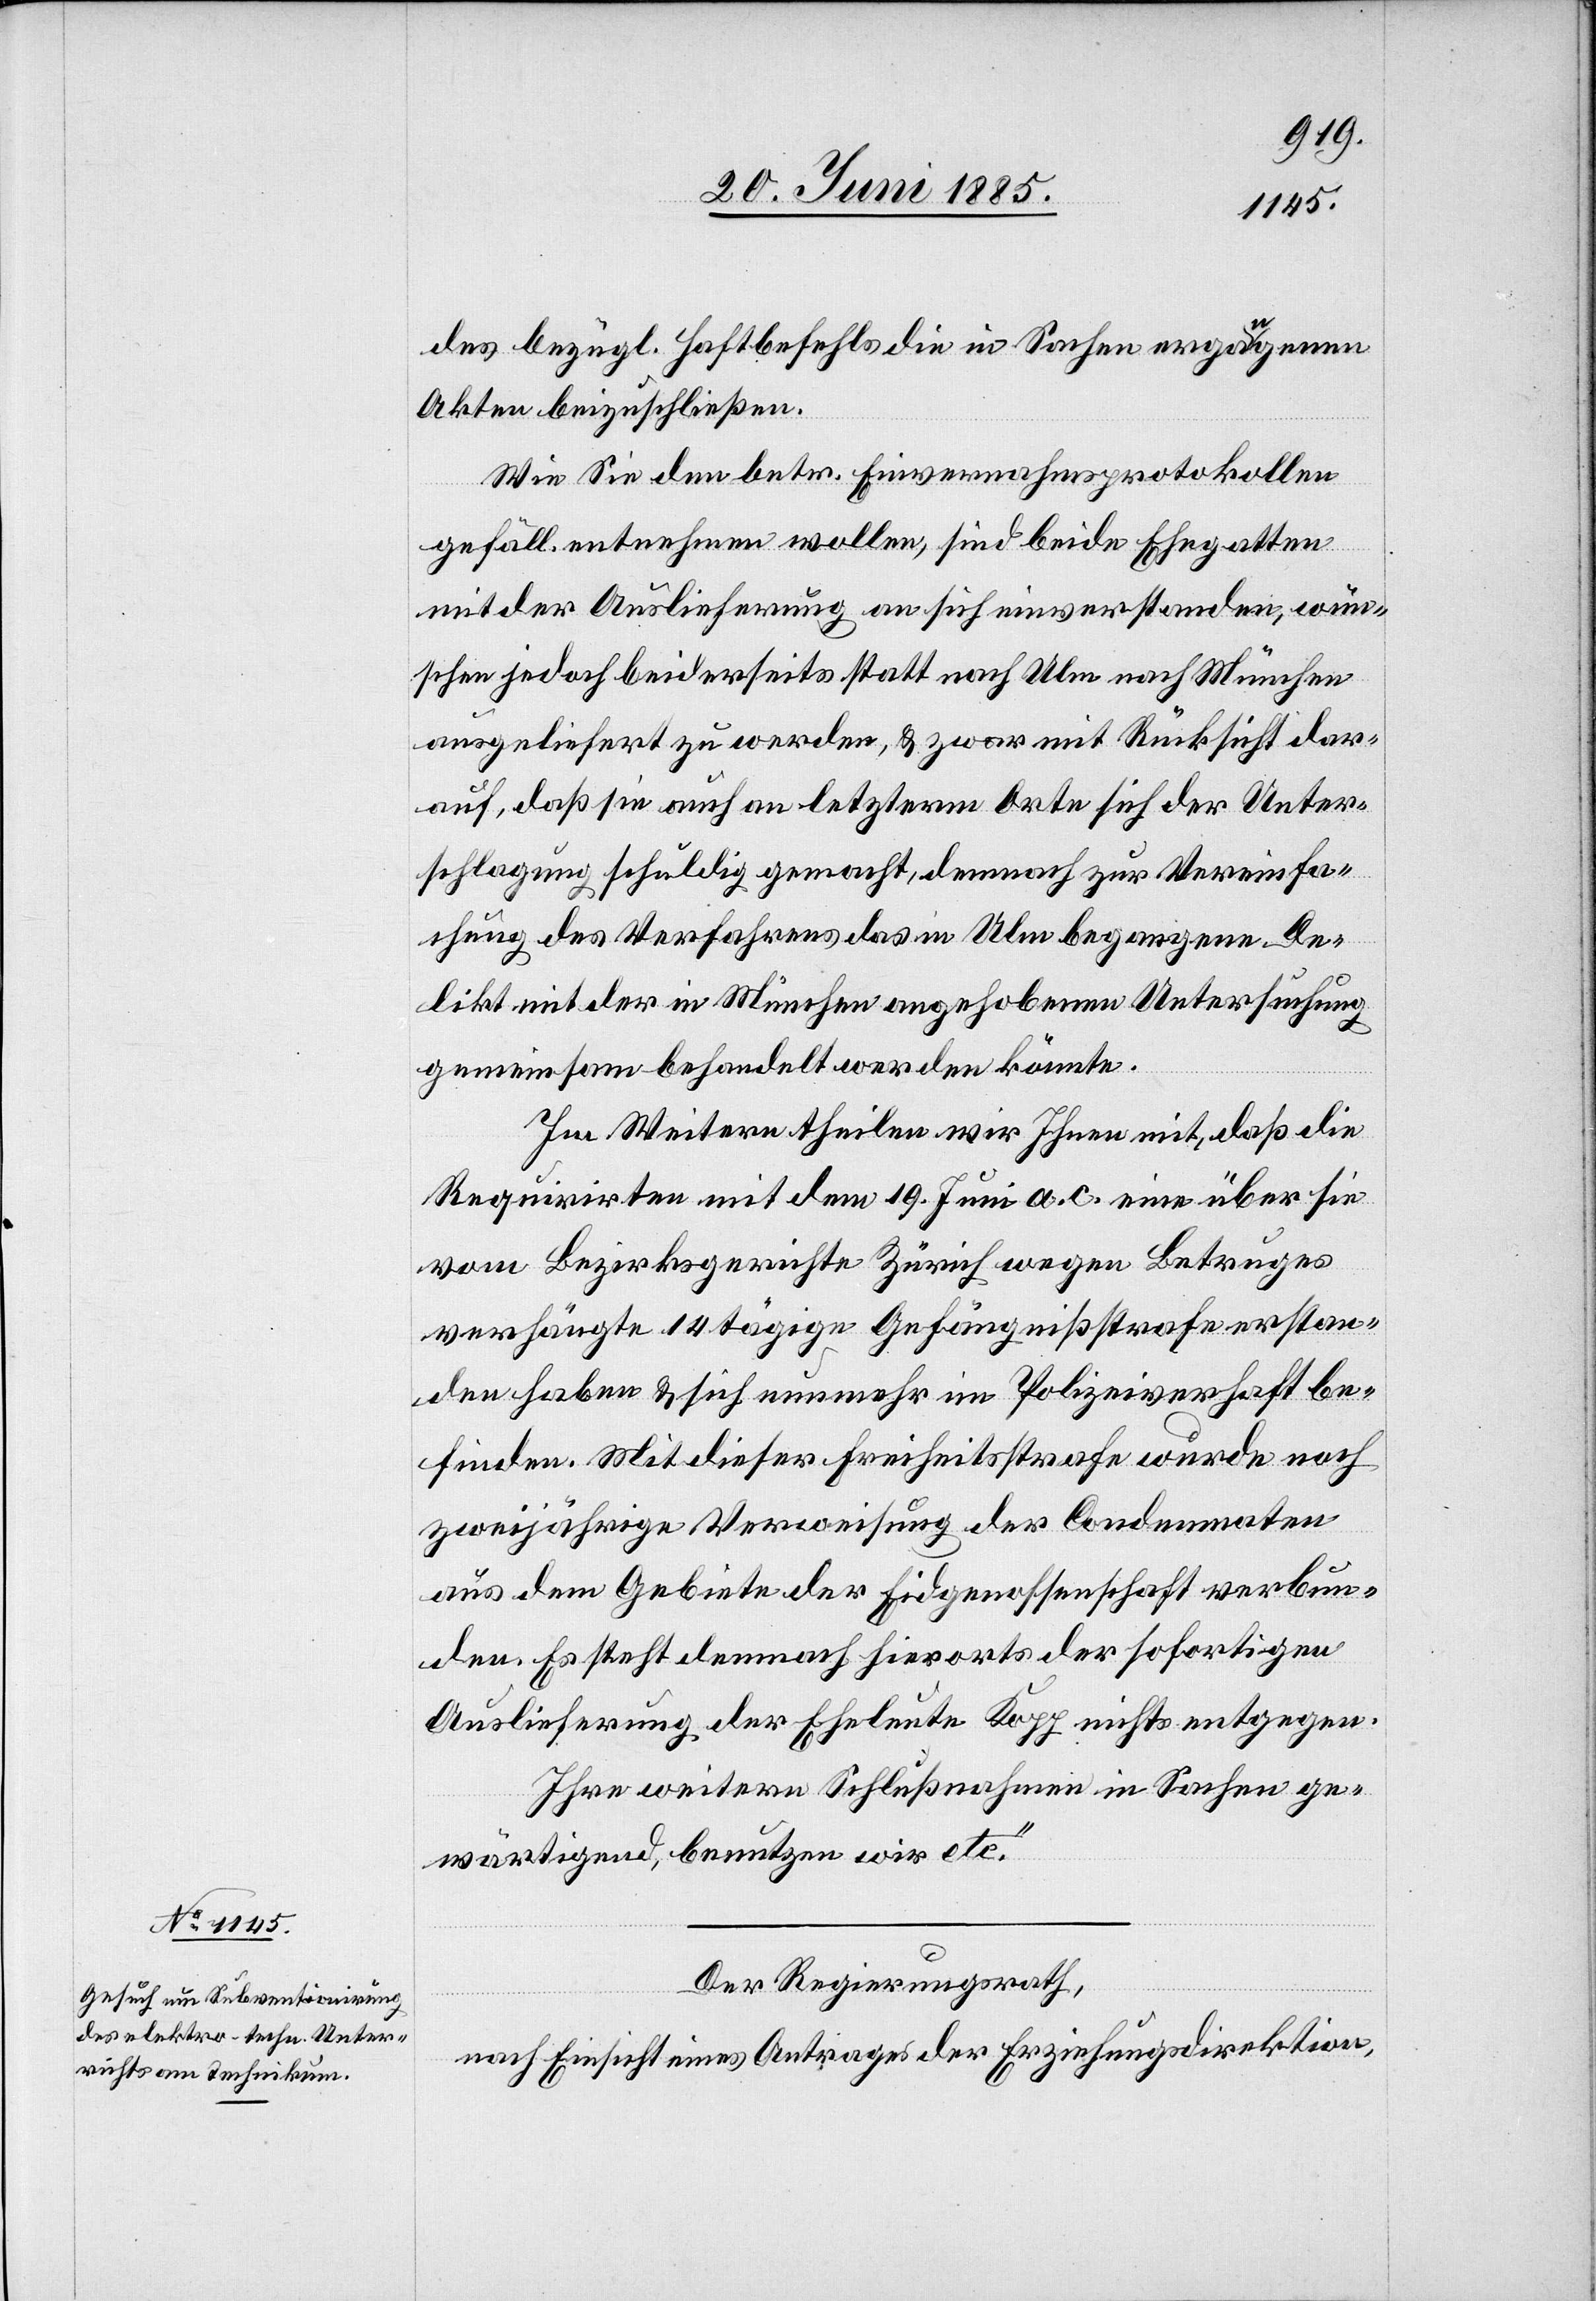
des bezügl. Haftbefehls die in Sachen ergangenen
Akten beizuschließen.
Wie Sie dem betr. Einvernahmsprotokollen
gefäll. entnehmen wollen, sind beide Ehegatten
mit der Auslieferung an sich einverstanden, wün¬
schen jedoch beiderseits statt nach Ulm nach München
ausgeliefert zu werden, & zwar mit Rücksicht dar¬
auf, daß sie auch an letzterm Orte sich der Unter¬
schlagung schuldig gemacht, demnach zur Vereinfa¬
chung des Verfahrens das in Ulm begangene De¬
likt mit der in München angehobenen Untersuchung
gemeinsam behandelt werden könnte.
Im Weitern theilen wir Ihnen mit, daß die
Requirirten mit dem 19. Juni a. c. eine über sie
vom Bezirksgerichte Zürich wegen Betruges
verhängte 14tägige Gefängnißstrafe erstan¬
den haben & sich nunmehr im Polizeiverhaft be¬
finden. Mit dieser Freiheitsstrafe wurde noch
zweijährige Verweisung der Condemnaten
aus dem Gebiete der Eidgenossenschaft verbun¬
den. Es steht demnach hierorts der sofortigen
Auslieferung der Eheleute Kopp nichts entgegen.
Ihre weitere Schlußnahme in Sachen ge¬
wärtigend, benutzen wir etc.“
Der Regierungsrath,
nach Einsicht eines Antrages der Erziehungsdirektion,